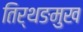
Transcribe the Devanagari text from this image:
तिर्थङमुख